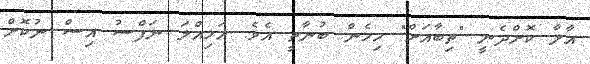
އާލާ ކޮށްދެނީ "ތިބާއަށް" މިހެން ބުނާތީ އެވެ. އަމިއްލަ ނަފްސު އިސް ނުކޮށް